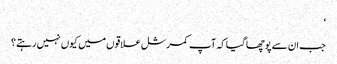
‘
جب ان سے پوچھا گیا کہ آپ کمرشل علاقوں میں کیوں نہیں رہتے؟